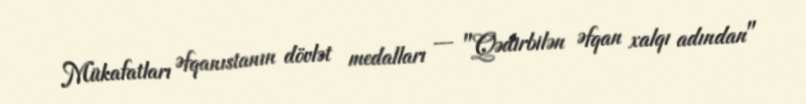
Mükafatları Əfqanıstanın dövlət medalları — "Qədirbilən Əfqan xalqı adından"